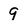
Character: 9